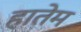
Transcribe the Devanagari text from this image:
हातेम